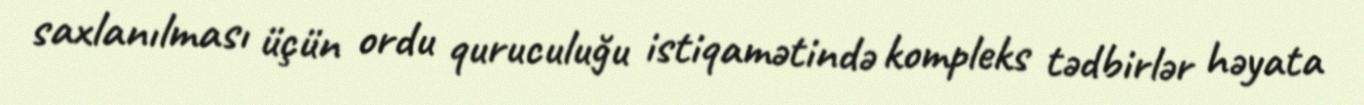
saxlanılması üçün ordu quruculuğu istiqamətində kompleks tədbirlər həyata